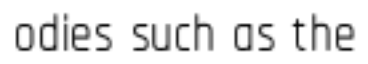
odies such as the